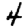
Digit: 4